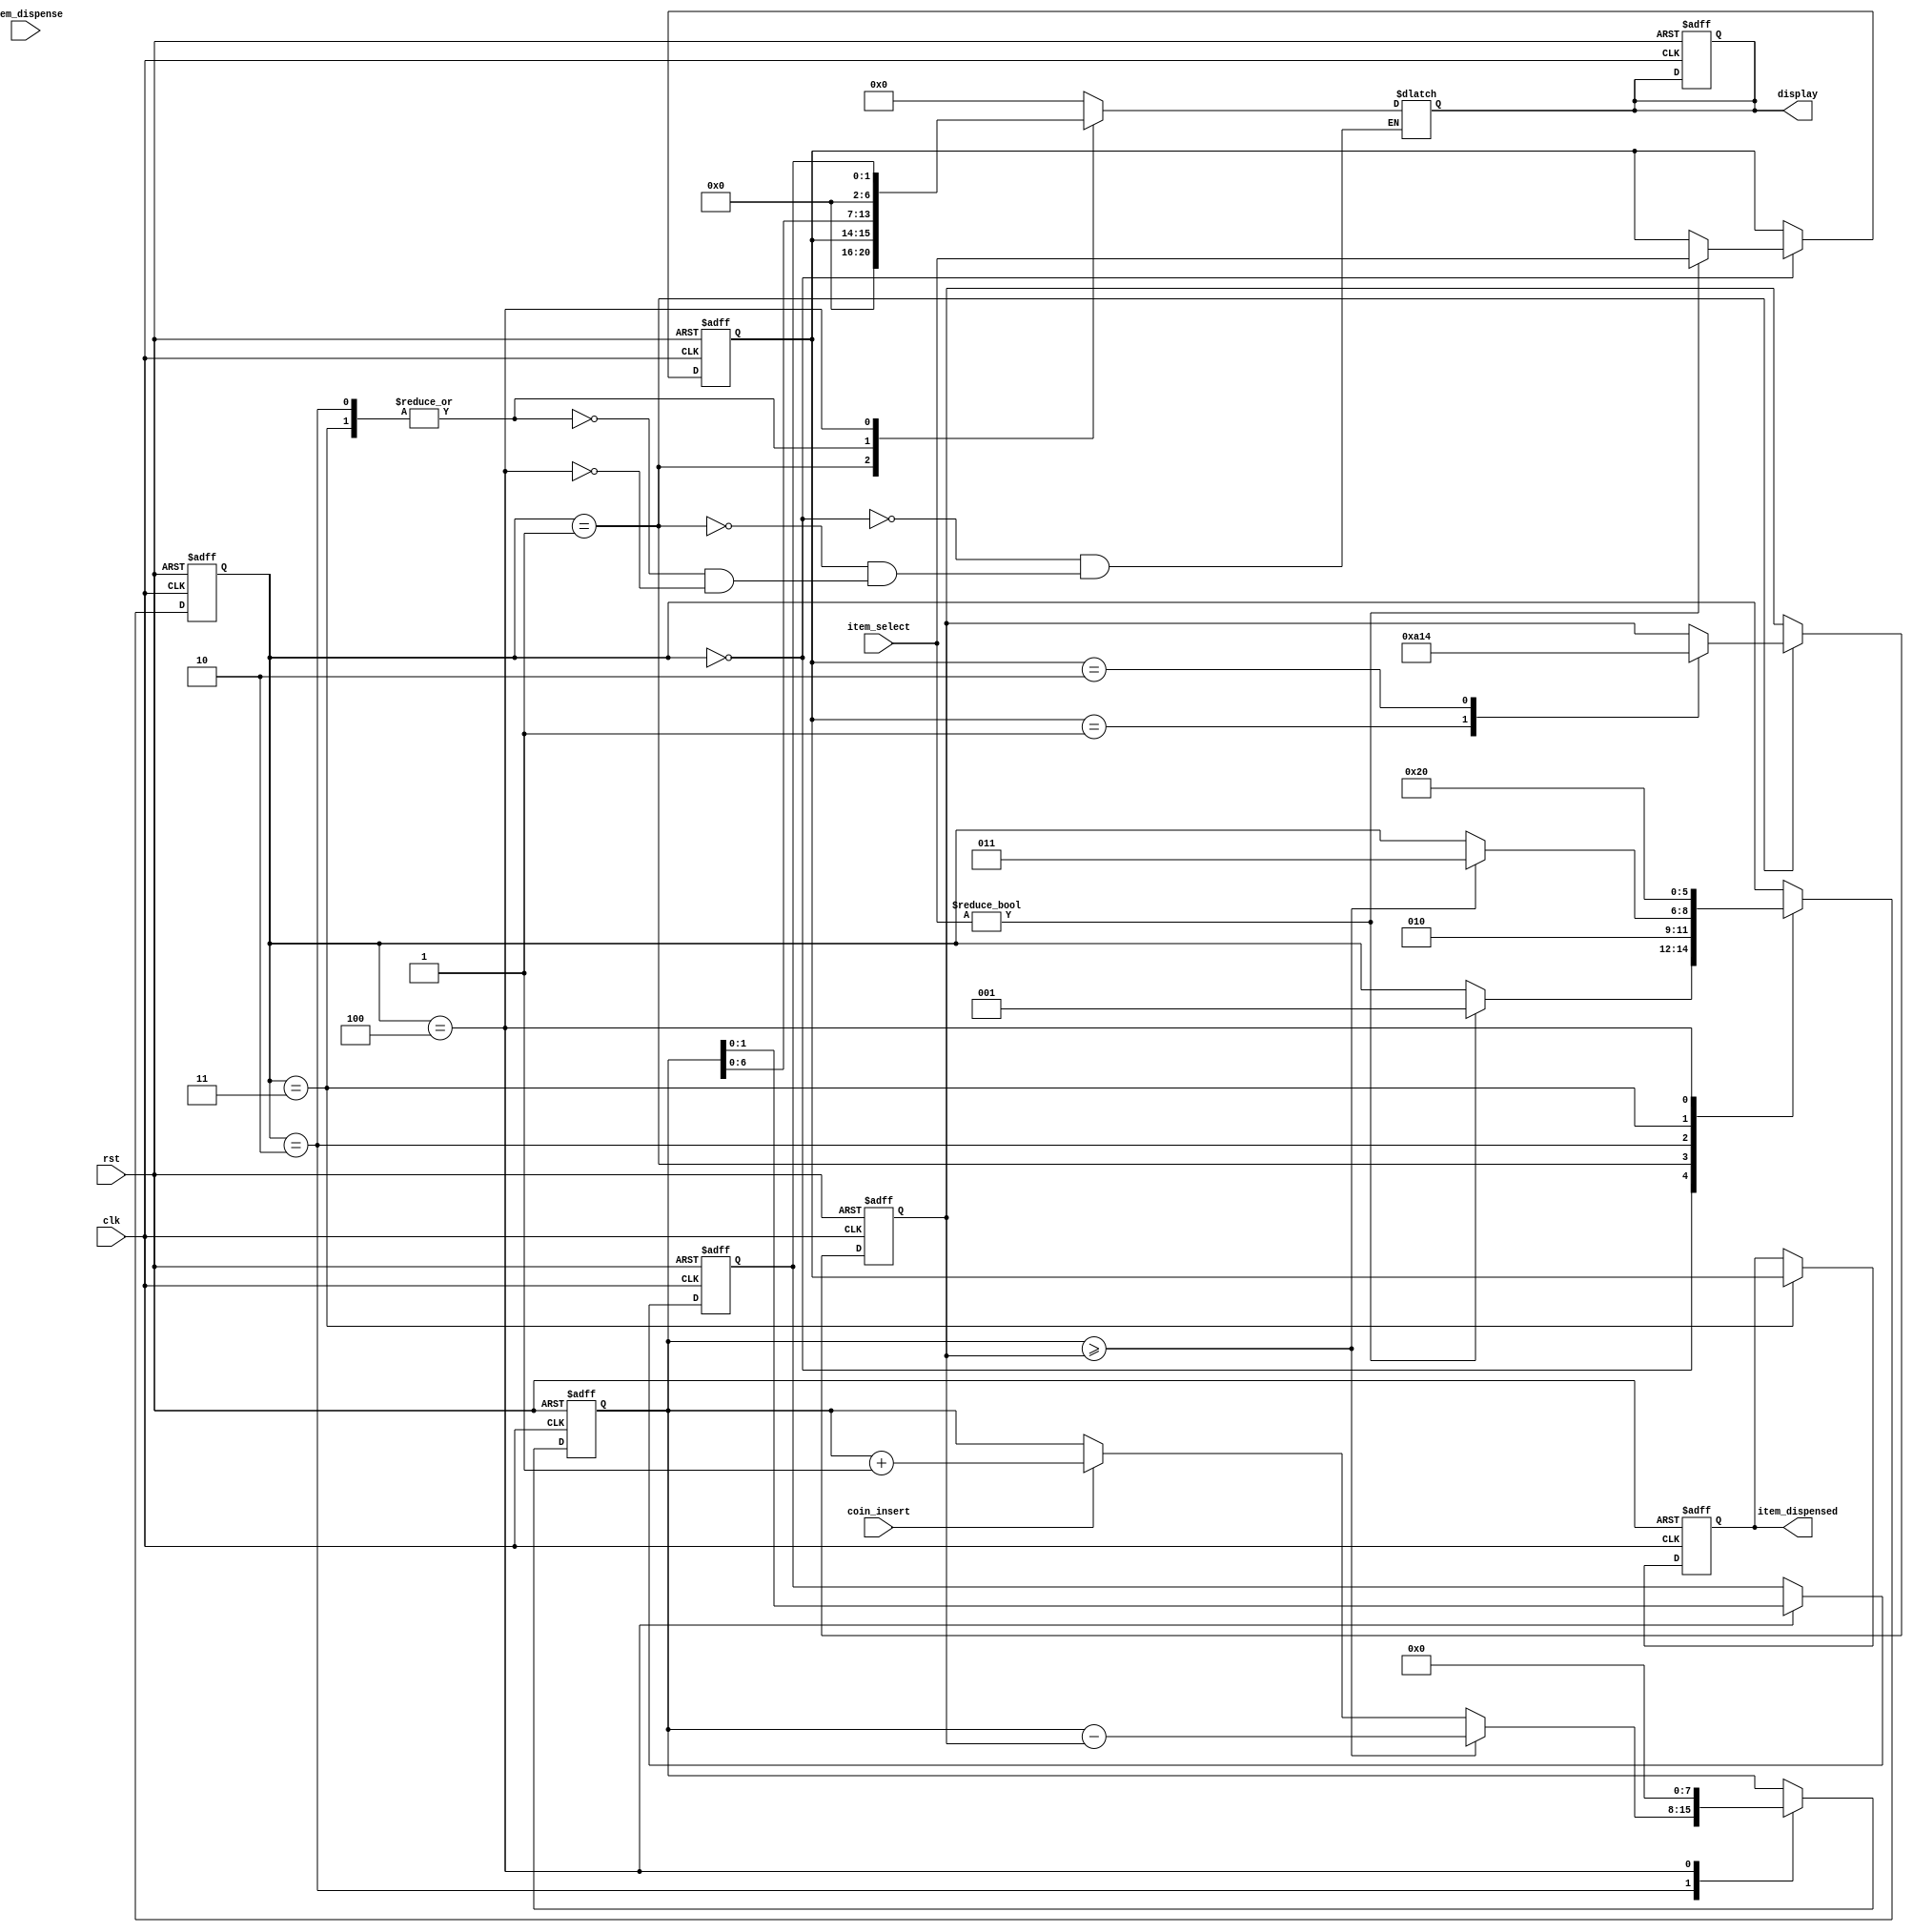
module vending_machine(
    input clk,
    input rst,
    input [1:0] item_select,
    input coin_insert,
    input item_dispense,
    output reg [6:0] display,
    output reg [1:0] item_dispensed
);

// Parameter declarations
parameter PRICE_1 = 10; // Price of item 1 in cents
parameter PRICE_2 = 20; // Price of item 2 in cents
// Add more parameters for additional items if needed

// Internal registers
reg [7:0] balance; // Balance in cents
reg [7:0] item_price; // Price of selected item
reg [1:0] selected_item; // Selected item
reg [1:0] change; // Change to be returned

// State machine
reg [2:0] state;
parameter IDLE = 3'b000;
parameter SELECT_ITEM = 3'b001;
parameter INSERT_COIN = 3'b010;
parameter DISPENSE_ITEM = 3'b011;
parameter RETURN_CHANGE = 3'b100;

always @(posedge clk or posedge rst) begin
    if (rst) begin
        // Reset values
        state <= IDLE;
        balance <= 0;
        selected_item <= 0;
        change <= 0;
        item_price <= 0;
        display <= 0;
        item_dispensed <= 0;
    end
    else begin
        // State machine
        case(state)
            IDLE: begin
                if (item_select != 0) begin
                    selected_item <= item_select;
                    state <= SELECT_ITEM;
                end
            end
            SELECT_ITEM: begin
                case(selected_item)
                    2'b01: item_price <= PRICE_1;
                    2'b10: item_price <= PRICE_2;
                    // Add cases for more items if needed
                endcase
                state <= INSERT_COIN;
            end
            INSERT_COIN: begin
                if (coin_insert) begin
                    balance <= balance + 1; // Assume each coin is worth 1 cent
                end
                if (balance >= item_price) begin
                    balance <= balance - item_price;
                    state <= DISPENSE_ITEM;
                end
            end
            DISPENSE_ITEM: begin
                item_dispensed <= selected_item;
                state <= RETURN_CHANGE;
            end
            RETURN_CHANGE: begin
                change <= balance;
                balance <= 0;
                state <= IDLE;
            end
        endcase
    end
end

// Display logic
always @(*) begin
    case(state)
        IDLE: display = 7'b0000000;
        SELECT_ITEM: display = {6'b000000, selected_item};
        INSERT_COIN, DISPENSE_ITEM: display = balance;
        RETURN_CHANGE: display = change;
    endcase
end

endmodule